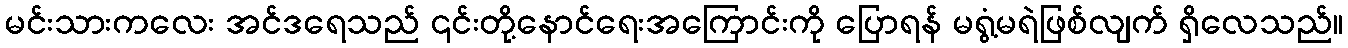
မင်းသားကလေး အင်ဒရေသည် ၎င်းတို့နောင်ရေးအကြောင်းကို ပြောရန် မရွံ့မရဲဖြစ်လျက် ရှိလေသည်။